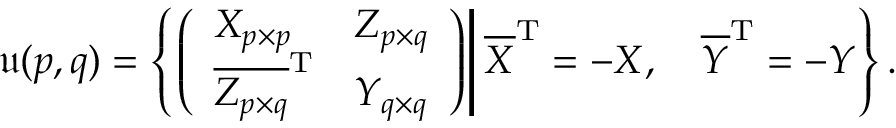
{ \mathfrak { u } } ( p , q ) = \left\{ \left. \left( { \begin{array} { l l } { X _ { p \times p } } & { Z _ { p \times q } } \\ { { \overline { { Z _ { p \times q } } } } ^ { \mathrm { T } } } & { Y _ { q \times q } } \end{array} } \right) \right| { \overline { { X } } } ^ { \mathrm { T } } = - X , \quad { \overline { { Y } } } ^ { \mathrm { T } } = - Y \right\} .